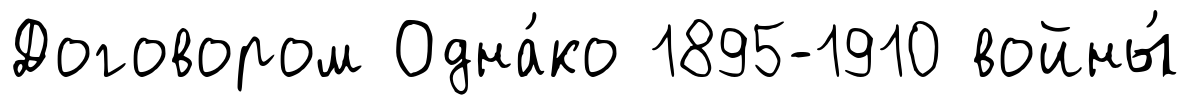
Договором Одна́ко 1895-1910 войны́